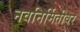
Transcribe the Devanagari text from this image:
नवनिर्मितीवर